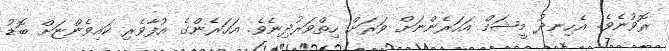
ރޮވުނެވެ. އެހިނދު މީޝަމް އަހަރެންނަށް ވަރަށް ހިތްވަރުދިނެވެ. އަހަރެންގެ އުފާވެރި ކައިވެންޏަށް ބޮޑު